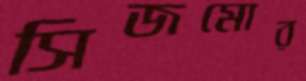
সিজমোর